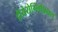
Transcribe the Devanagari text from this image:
हीयेरोग्लिफ़िक्स